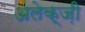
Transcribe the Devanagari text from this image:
अलेक्ज़ी